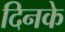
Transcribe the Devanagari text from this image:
दिनके